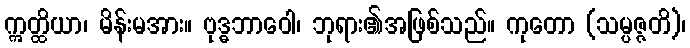
ဣတ္ထိယာ၊ မိန်းမအား။ ဗုဒ္ဓဘာဝေါ၊ ဘုရား၏အဖြစ်သည်။ ကုတော (သမ္ပဇ္ဇတိ)၊